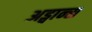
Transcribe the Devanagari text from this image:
अड्वान्स